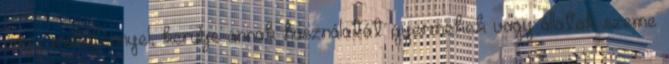
vagy mobilfénnyel, kerülje annak használatát gyermekek vagy állatok szeme